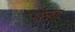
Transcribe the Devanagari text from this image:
गीनवा